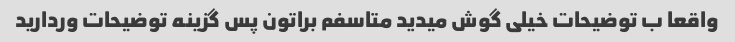
واقعا ب توضیحات خیلی گوش میدید متاسفم براتون پس گزینه توضیحات وردارید